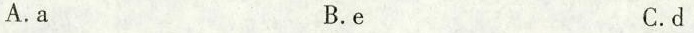
A. a B. e C. d